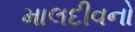
માલદીવનો